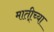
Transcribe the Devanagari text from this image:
माती्च्या